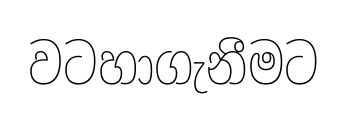
වටහාගැනීමට